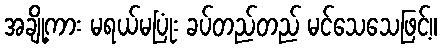
အချို့ကား မရယ်မပြုံး ခပ်တည်တည် မင်သေသေဖြင့်။